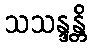
သသန္ဒန္တိ